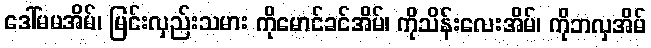
ဒေါ်မမအိမ်၊ မြင်းလှည်းသမား ကိုမောင်ခင်အိမ်၊ ကိုသိန်းလေးအိမ်၊ ကိုဘလှအိမ်